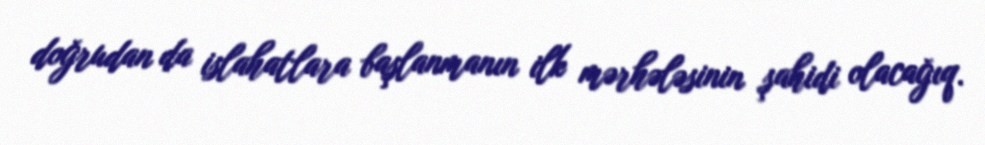
doğrudan da islahatlara başlanmanın ilk mərhələsinin şahidi olacağıq.